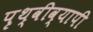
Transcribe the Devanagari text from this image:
पृथ्वीव्यापी